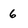
Character: 6